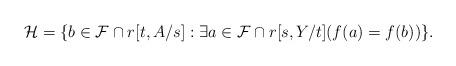
LaTeX: \begin{align*}\mathcal{H}=\{b\in\mathcal{F}\cap r[t,A/s]:\exists a\in \mathcal{F}\cap r[s,Y/t]( f(a)=f(b))\}.\end{align*}